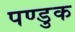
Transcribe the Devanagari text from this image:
पण्डुक